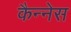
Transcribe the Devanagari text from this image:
कैन्नेस